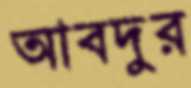
আবদুর